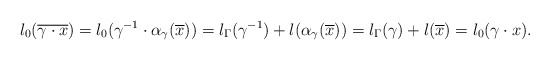
\begin{align*}l_0(\overline{\gamma\cdot x})=l_0(\gamma^{-1}\cdot \alpha_\gamma(\overline{x}))=l_\Gamma(\gamma^{-1})+l(\alpha_\gamma(\overline{x}))=l_\Gamma(\gamma)+l(\overline{x})=l_0(\gamma\cdot x).\end{align*}